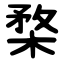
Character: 楘